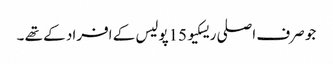
جو صرف اصلی ریسکیو 15پولیس کے افراد کے تھے ۔